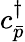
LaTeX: {c}_{\bar{p}}^{\dagger}